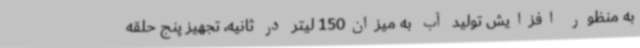
به منظور افزایش تولید آب به میزان150 لیتر در ثانیه، تجهیز پنج حلقه